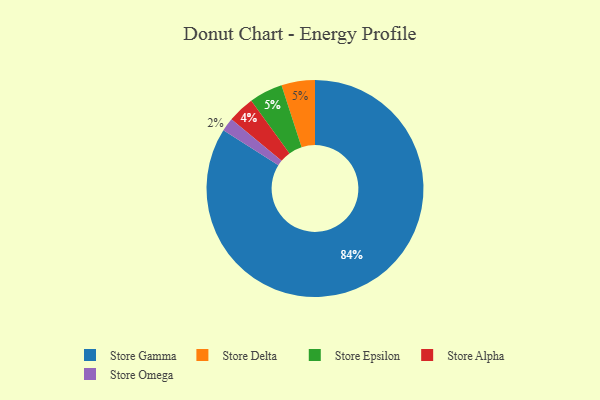
{"axis": {"x": "Category", "y": "Percentage"}, "legend": ["Store Alpha", "Store Delta", "Store Epsilon", "Store Gamma", "Store Omega"], "data": [{"x": "Store Delta", "y": 5, "type": "Store Delta"}, {"x": "Store Omega", "y": 2, "type": "Store Omega"}, {"x": "Store Epsilon", "y": 5, "type": "Store Epsilon"}, {"x": "Store Gamma", "y": 84, "type": "Store Gamma"}, {"x": "Store Alpha", "y": 4, "type": "Store Alpha"}]}